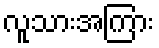
လူသားအကြား